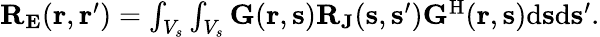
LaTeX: \begin{array}{r}{{\mathbf R}_{\mathbf{E}}({\mathbf{r}},{\mathbf{r}}^{\prime})=\int_{V_{s}}\int_{V_{s}}{\mathbf G}({\mathbf r},{\mathbf s}){\mathbf R}_{\mathbf{J}}({\mathbf{s}},{\mathbf{s}}^{\prime}){\mathbf G}^{\mathrm{H}}({\mathbf r},{\mathbf s})\mathrm{d}{\mathbf s}\mathrm{d}{\mathbf s}^{\prime}.}\end{array}